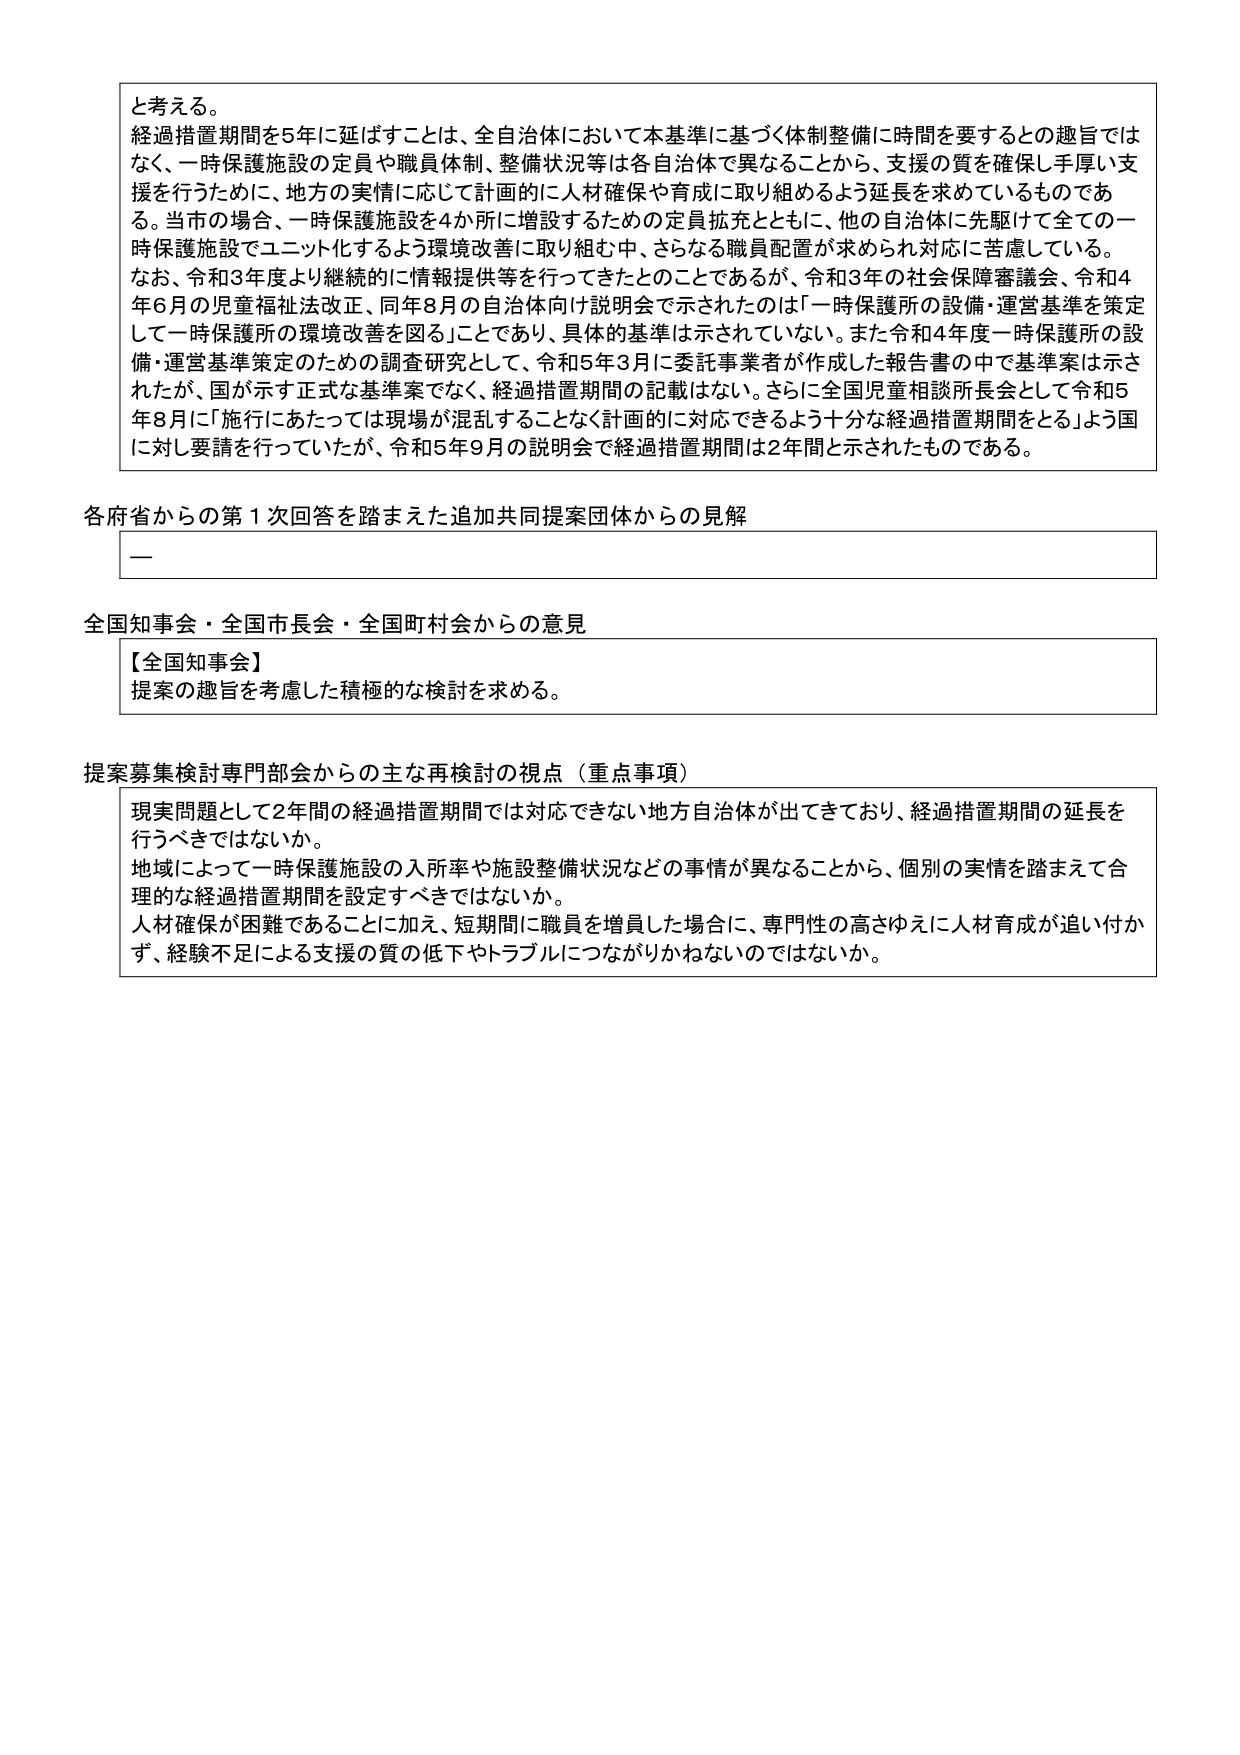
と考える。
経過措置期間を5年に延ばすことは、全自治体において本基準に基づく体制整備に時間を要するとの趣旨ではなく、一時保護施設の定員や職員体制、整備状況等は各自治体で異なることから、支援の質を確保し手厚い支援を行うために、地方の実情に応じて計画的に人材確保や育成に取り組めるよう延長を求めているものである。当市の場合、一時保護施設を4か所に増設するための定員拡充とともに、他の自治体に先駆けて全ての一時保護施設でユニット化するよう環境改善に取り組む中、さらなる職員配置が求められ対応に苦慮している。
なお、令和3年度より継続的に情報提供等を行ってきたとのことであるが、令和3年の社会保障審議会、令和4年6月の児童福祉法改正、同年8月の自治体向け説明会で示されたのは「一時保護所の設備・運営基準を策定して一時保護所の環境改善を図る」ことであり、具体的基準は示されていない。また令和4年度一時保護所の設備・運営基準策定のための調査研究として、令和5年3月に委託事業者が作成した報告書の中で基準案は示されたが、国が示す正式な基準案でなく、経過措置期間の記載はない。さらに全国児童相談所長会として令和5年8月に「施行にあたっては現場が混乱することなく計画的に対応できるよう十分な経過措置期間をとる」よう国に対し要請を行っていたが、令和5年9月の説明会で経過措置期間は2年間と示されたものである。

各府省からの第1次回答を踏まえた追加共同提案団体からの見解
—

全国知事会・全国市長会・全国町村会からの意見
【全国知事会】
提案の趣旨を考慮した積極的な検討を求める。

提案募集検討専門部会からの主な再検討の視点（重点事項）
現実問題として2年間の経過措置期間では対応できない地方自治体が出てきており、経過措置期間の延長を行うべきではないか。
地域によって一時保護施設の入所率や施設整備状況などの事情が異なることから、個別の実情を踏まえて合理的な経過措置期間を設定すべきではないか。
人材確保が困難であることに加え、短期間に職員を増員した場合に、専門性の高さゆえに人材育成が追い付かず、経験不足による支援の質の低下やトラブルにつながりかねないのではないか。